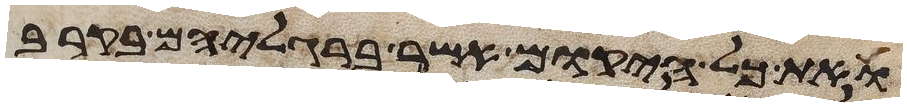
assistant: ואת כל היקום אשר ברגליהם בקרב